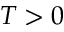
T > 0